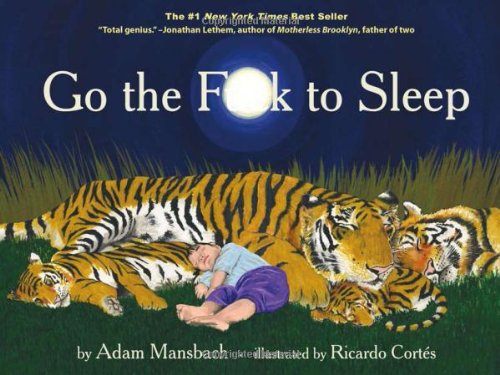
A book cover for Go the F**k to Sleep; Adam Mansbach; Humor & Entertainment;